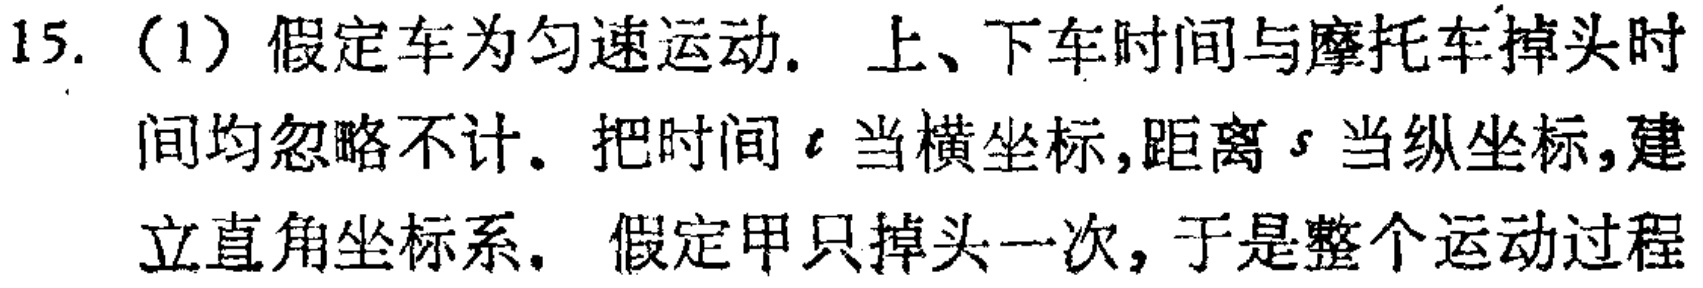
15.（1）假定车为匀速运动. 上、下车时间与摩托车掉头时间均忽略不计. 把时间\(t\)当横坐标,距离\(s\)当纵坐标,建立直角坐标系. 假定甲只掉头一次, 于是整个运动过程